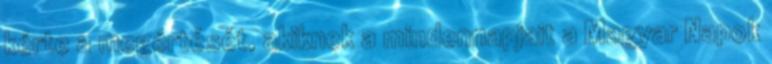
kérte a megértését, akiknek a mindennapjait a Magyar Napok